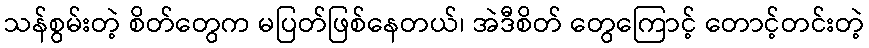
သန်စွမ်းတဲ့ စိတ်တွေက မပြတ်ဖြစ်နေတယ်၊ အဲဒီစိတ် တွေကြောင့် တောင့်တင်းတဲ့